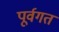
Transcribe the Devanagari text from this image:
पूर्वगत